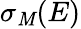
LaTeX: \sigma_{\mathit{M}}(E)